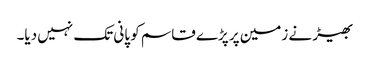
بھیڑ نے زمین پر پڑے قاسم کو پانی تک نہیں دیا۔